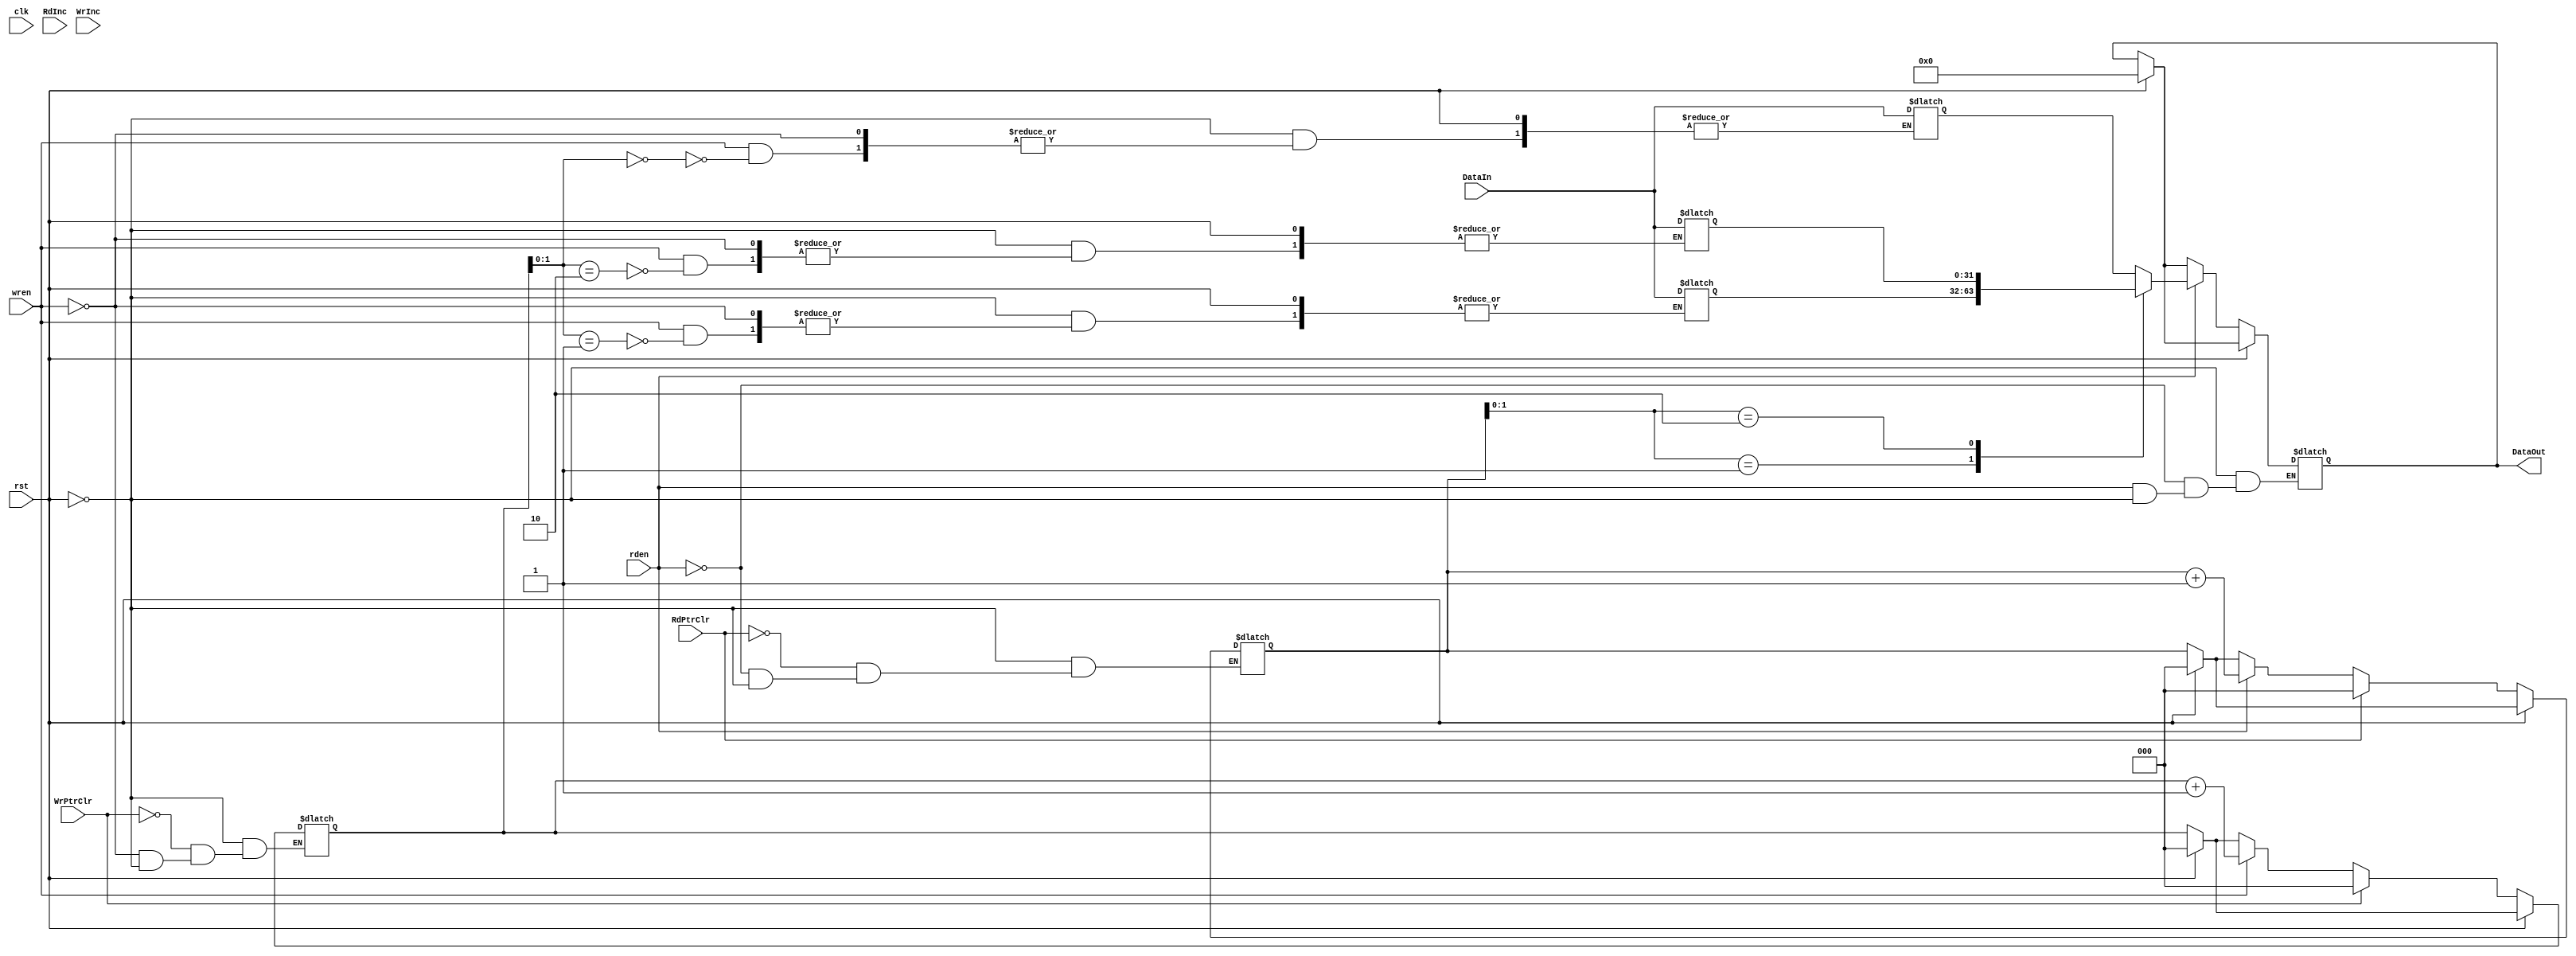
`timescale 1ns / 1ps
//////////////////////////////////////////////////////////////////////////////////
// Company: 
// Engineer: 
// 
// Design Name: 
// Module Name:    fifo 
// Project Name: 
// Target Devices: 
// Tool versions: 
// Description: 
//
// Dependencies: 
//
// Revision: 
// Revision 0.01 - File Created
// Additional Comments: 
//
//////////////////////////////////////////////////////////////////////////////////

module FIFO3x32(
  input clk, rst,
  input RdPtrClr, WrPtrClr, 
  input RdInc, WrInc,
  input [31:0] DataIn,
  output reg [31:0] DataOut,
  input rden, wren);
	
//signal declarations

	reg [31:0] fifo_array[2:0];
	reg [2:0] wrptr, rdptr;
	wire [2:0] wr_cnt, rd_cnt;
	reg [31:0]dmuxout;


always @(clk,rst,RdPtrClr,WrPtrClr,DataIn,rden,wren)
begin
 
if (rst==1)
begin 
wrptr<=000;
rdptr<=000;
DataOut<=000000000;
end
if (rst==0)
begin
if (wren==1)
	begin
	 fifo_array[wrptr]<=DataIn;
	 wrptr<=wrptr+001;
	end 
if (rden==1)
	begin
	 DataOut<=fifo_array[rdptr];
	rdptr<=rdptr+001;
	end
else if (rden==0)
begin
DataOut<=32'hz;
end
if (RdPtrClr==1)
  begin 
	rdptr<=000;
  end
if (WrPtrClr==1)
  begin 
	wrptr<=000;
  end
 //DataOut<=dmuxout;
end
end



endmodule